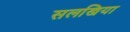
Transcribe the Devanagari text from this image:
सलखिया